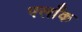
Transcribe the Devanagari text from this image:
फ्लाँक